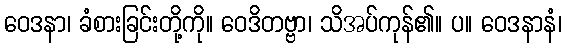
ဝေဒနာ၊ ခံစားခြင်းတို့ကို။ ဝေဒိတဗ္ဗာ၊ သိအပ်ကုန်၏။ ပ။ ဝေဒနာနံ၊